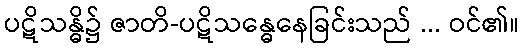
ပဋိသန္ဓိ၌ ဇာတိ-ပဋိသန္ဓေနေခြင်းသည် ... ဝင်၏။